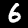
Label: 6